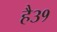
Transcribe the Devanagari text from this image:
है३१